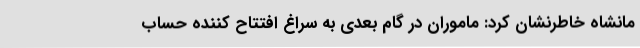
مانشاه خاطرنشان کرد: ماموران در گام بعدی به سراغ افتتاح کننده حساب